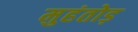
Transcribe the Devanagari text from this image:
मुहंतोड़